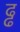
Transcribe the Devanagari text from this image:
ढ्ढ